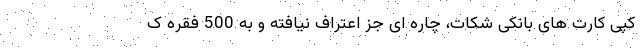
کپی کارت های بانکی شکات، چاره ای جز اعتراف نیافته و به 500 فقره ک